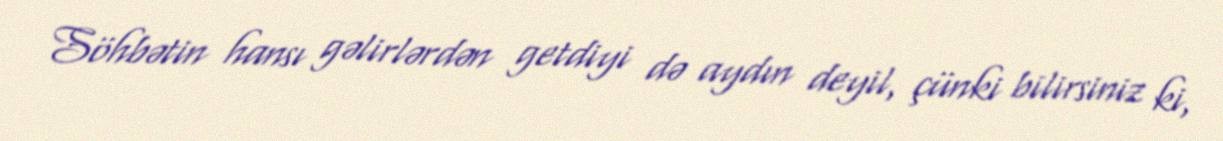
Söhbətin hansı gəlirlərdən getdiyi də aydın deyil, çünki bilirsiniz ki,